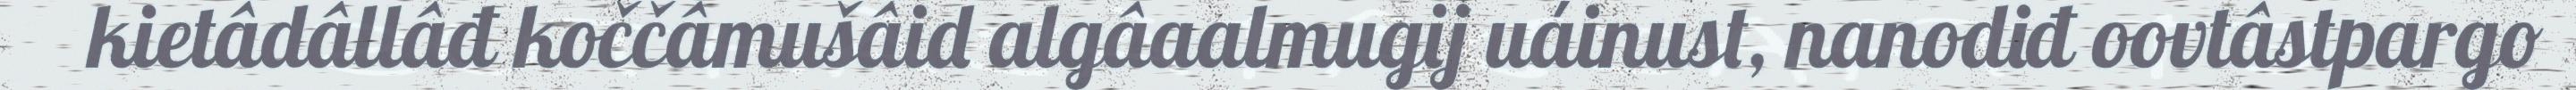
kietâdâllâđ koččâmušâid algâaalmugij uáinust, nanodiđ oovtâstpargo